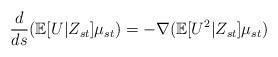
LaTeX: \begin{align*}\frac{d}{ds}(\mathbb{E}[U|Z_{st}]\mu_{st})=-\nabla(\mathbb{E}[U^2|Z_{st}]\mu_{st})\end{align*}